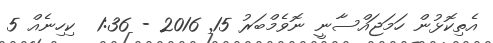
އެތިކޮޅުން ހަމަޖައްސާނީ ނޮވެމްބަރު 15